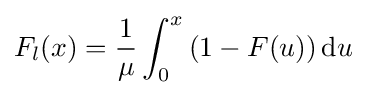
F_{l}(x)={\frac {1}{\mu }}\int _{0}^{x}\left(1-F(u)\right){\text{d}}u